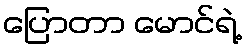
ပြောတာ မောင်ရဲ့